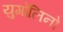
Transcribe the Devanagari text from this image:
युगोलिनो